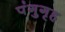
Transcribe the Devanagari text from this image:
पंगुगृह